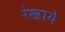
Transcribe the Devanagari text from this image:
रेखाये